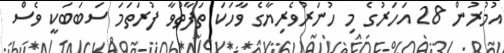
އުމުރުން 28 އަހަރުގެ މި ހުނަރުވެރިޔާގެ ވާހަކަ ތަފާތުވާ ފުރަތަމަ ސަބަބަކީ ވެސް